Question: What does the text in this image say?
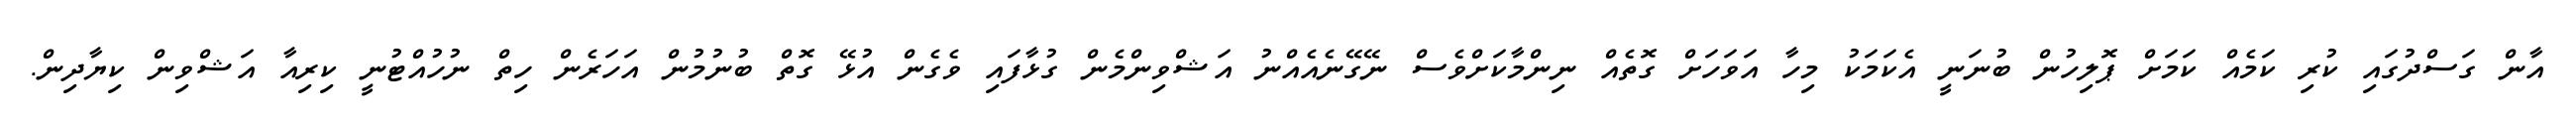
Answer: އާން ގަސްދުގައި ކުރި ކަމެއް ކަމަށް ޕޮލިހުން ބުނަނީ އެކަމަކު މިހާ އަވަހަށް ގޮތެއް ނިންމާކަށްވެސް ނޭގޭނެއެއްނު އަޝްވިންމެން ގުޅާފައި ވެގެން އުޅޭ ގޮތް ބުނުމުން އަހަރެން ހިތް ނުހުއްޓުނީ ކިރިއާ އަޝްވިން ކިޔާދިން.